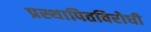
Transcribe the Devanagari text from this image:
प्रस्थापितविरोधी